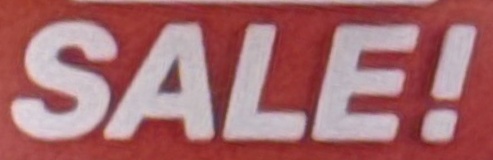
SALE!